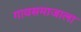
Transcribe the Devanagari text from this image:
गावसमाजाला